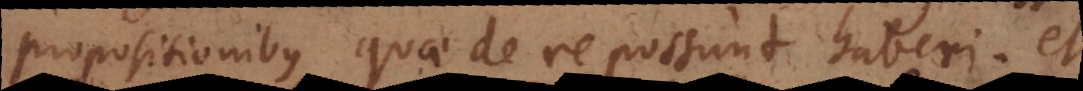
propositionibus quae de re possunt haberi; et